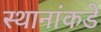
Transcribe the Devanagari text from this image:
स्थानांकडे